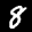
Label: 8